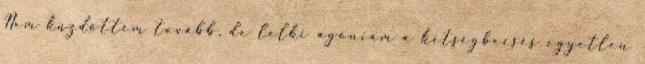
Nem küzdöttem tovább, de lelki agóniám a kétségbeesés egyetlen